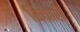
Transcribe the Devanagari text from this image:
विचारीं